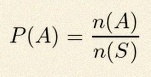
P(A)=\frac{n(A)}{n(S)}